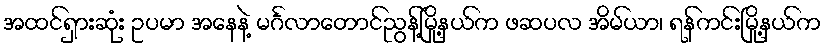
အထင်ရှားဆုံး ဥပမာ အနေနဲ့ မင်္ဂလာတောင်ညွန့်မြို့နယ်က ဖဆပလ အိမ်ယာ၊ ရန်ကင်းမြို့နယ်က